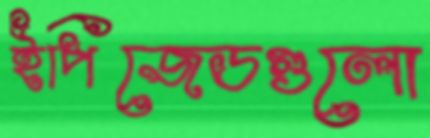
ইপিজেডগুলো